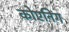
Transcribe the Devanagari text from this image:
कोएनिंग